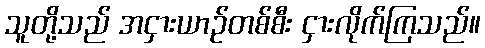
သူတို့သည် အငှားယာဉ်တစ်စီး ငှားလိုက်ကြသည်။